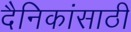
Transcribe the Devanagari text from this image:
दैनिकांसाठी